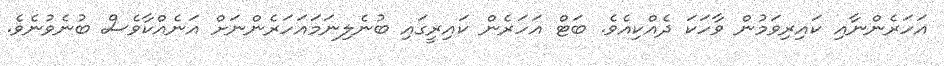
އަހަރެންނާއި ކައިރިވަމުން ވާހަކަ ދެއްކިއެވެ. ބަޓް އަހަރެން ކައިރީގައި ބުނެލިނަމައަހަރެންނަށް އަނެއްކާވެސް ބުނެވުނެވެ.